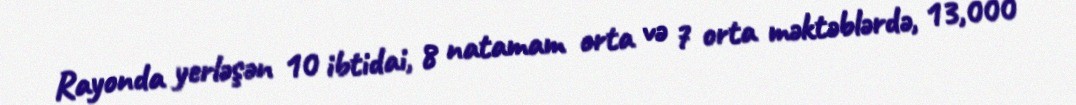
Rayonda yerləşən 10 ibtidai, 8 natamam orta və 7 orta məktəblərdə, 13,000